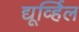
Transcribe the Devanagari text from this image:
द्यूर्व्हिल